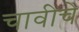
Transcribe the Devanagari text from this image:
चावीचे